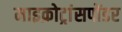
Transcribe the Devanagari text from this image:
माइक्रोट्रांसपोंडर